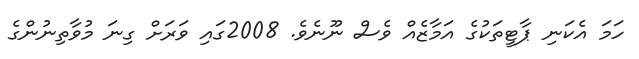
ހަމަ އެކަނި ޕާޓީތަކުގެ އަމާޒެއް ވެސް ނޫނެވެ. 2008ގައި ވަރަށް ގިނަ މުވާތިނުންގެ